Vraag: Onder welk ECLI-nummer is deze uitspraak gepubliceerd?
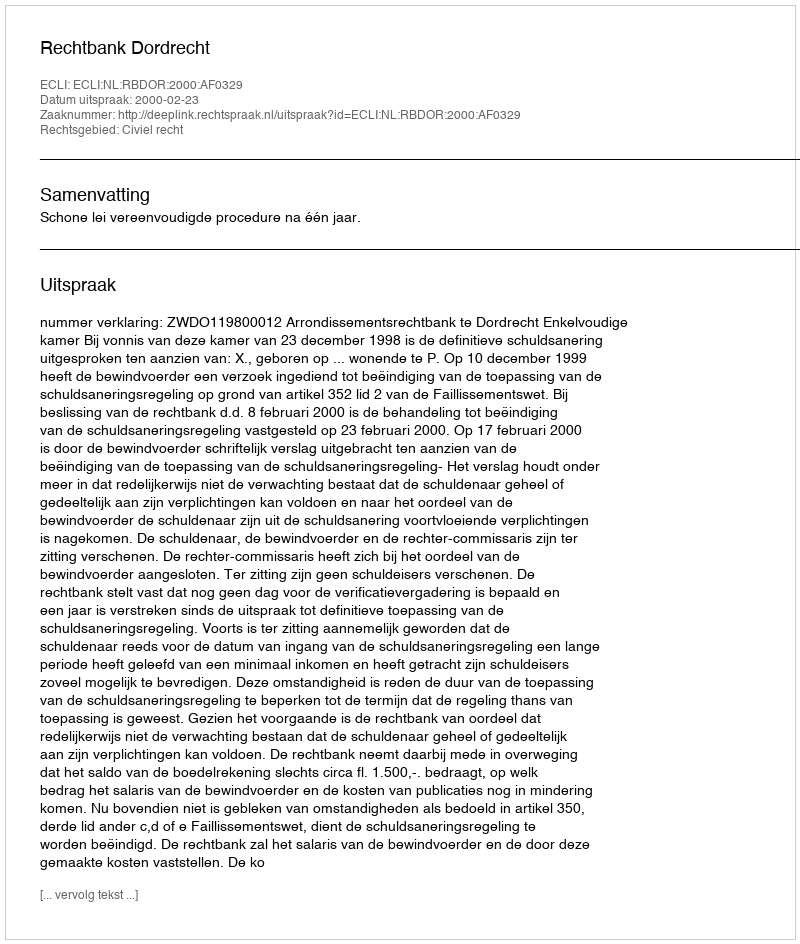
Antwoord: ECLI:NL:RBDOR:2000:AF0329